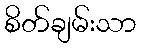
စိတ်ချမ်းသာ